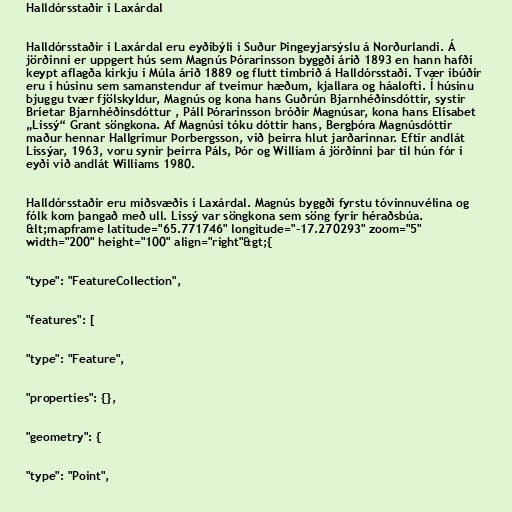
Halldórsstaðir í Laxárdal

Halldórsstaðir í Laxárdal eru eyðibýli í Suður Þingeyjarsýslu á Norðurlandi. Á
jörðinni er uppgert hús sem Magnús Þórarinsson byggði árið 1893 en hann hafði
keypt aflagða kirkju í Múla árið 1889 og flutt timbrið á Halldórsstaði. Tvær íbúðir
eru í húsinu sem samanstendur af tveimur hæðum, kjallara og háalofti. Í húsinu
bjuggu tvær fjölskyldur, Magnús og kona hans Guðrún Bjarnhéðinsdóttir, systir
Bríetar Bjarnhéðinsdóttur , Páll Þórarinsson bróðir Magnúsar, kona hans Elísabet
„Lissý“ Grant söngkona. Af Magnúsi tóku dóttir hans, Bergþóra Magnúsdóttir
maður hennar Hallgrímur Þorbergsson, við þeirra hlut jarðarinnar. Eftir andlát
Lissýar, 1963, voru synir þeirra Páls, Þór og William á jörðinni þar til hún fór í
eyði við andlát Williams 1980.

Halldórsstaðir eru miðsvæðis í Laxárdal. Magnús byggði fyrstu tóvinnuvélina og
fólk kom þangað með ull. Lissý var söngkona sem söng fyrir héraðsbúa.
&lt;mapframe latitude="65.771746" longitude="-17.270293" zoom="5"
width="200" height="100" align="right"&gt;{

"type": "FeatureCollection",

"features": [

"type": "Feature",

"properties": {},

"geometry": {

"type": "Point",